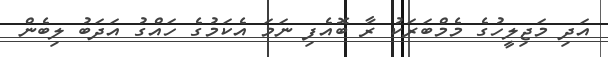
އަދި މަޖިލީހުގެ މެމްބަރަކު ރާ ބޮއެފި ނަމަ އެކަމުގެ ހައްގު އަދަބު ލިބެން